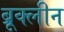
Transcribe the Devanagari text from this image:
ब्रूक्लीन